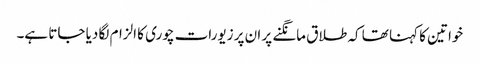
خواتین کا کہنا تھا کہ طلاق مانگنے پر ان پر زیورات چوری کا الزام لگا دیا جاتا ہے۔